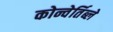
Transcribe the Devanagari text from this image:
कोन्वेर्तिब्ले